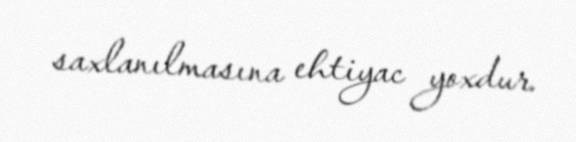
saxlanılmasına ehtiyac yoxdur.